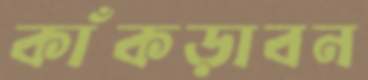
কাঁকড়াবন